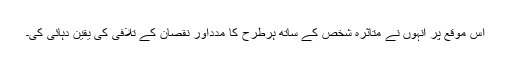
اس موقع پر انہوں نے متاثرہ شخص کے ساتھ ہرطرح کا مدداور نقصان کے تلافی کی یقین دہائی کی۔